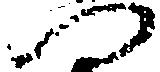
へ